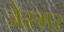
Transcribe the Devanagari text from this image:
जेस्मर